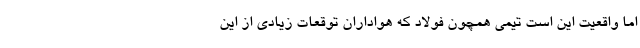
اما واقعیت این است تیمی همچون فولاد که هواداران توقعات زیادی از این